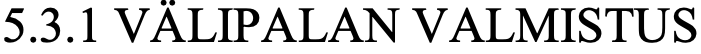
5.3.1 VÄLIPALAN VALMISTUS